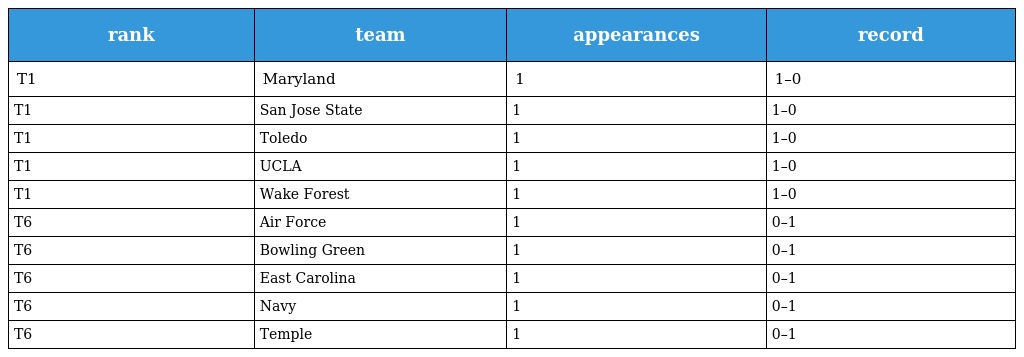
| rank | team | appearances | record |
 | --- | --- | --- | --- |
 | T1 | Maryland | 1 | 1–0 |
 | T1 | San Jose State | 1 | 1–0 |
 | T1 | Toledo | 1 | 1–0 |
 | T1 | UCLA | 1 | 1–0 |
 | T1 | Wake Forest | 1 | 1–0 |
 | T6 | Air Force | 1 | 0–1 |
 | T6 | Bowling Green | 1 | 0–1 |
 | T6 | East Carolina | 1 | 0–1 |
 | T6 | Navy | 1 | 0–1 |
 | T6 | Temple | 1 | 0–1 |